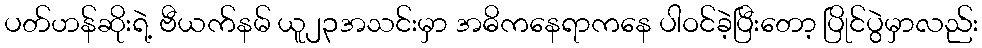
ပတ်ဟန်ဆိုးရဲ့ ဗီယက်နမ် ယူ၂၃အသင်းမှာ အဓိကနေရာကနေ ပါဝင်ခဲ့ပြီးတော့ ပြိုင်ပွဲမှာလည်း